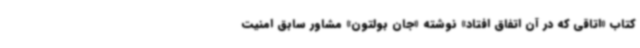
کتاب «اتاقی که در آن اتفاق افتاد» نوشته «جان بولتون» مشاور سابق امنیت